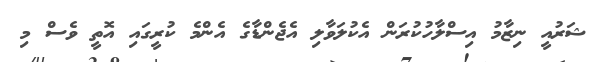
ޝަރުއީ ނިޒާމު އިސްލާހުކުރަން އެކުލަވާލި އެޖެންޑާގެ އެންމެ ކުރީގައި އޮތީ ވެސް މި